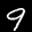
Label: 9